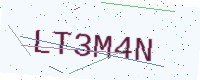
Text: LT3M4N